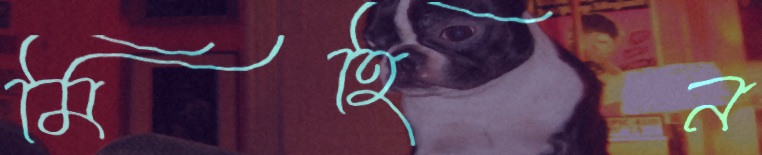
মিহিন